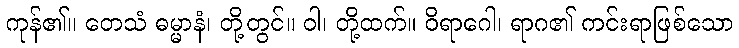
ကုန်၏။ တေသံ ဓမ္မာနံ၊ တို့တွင်။ ဝါ၊ တို့ထက်။ ဝိရာဂေါ၊ ရာဂ၏ ကင်းရာဖြစ်သော